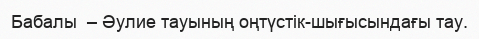
Бабалы  – Әулие тауының оңтүстік-шығысындағы тау.